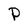
Character: P